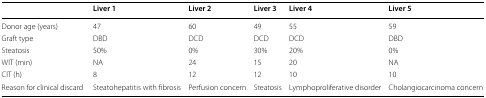
<table><thead><tr><td></td><td><b>Liver 1</b></td><td><b>Liver 2</b></td><td><b>Liver 3</b></td><td><b>Liver 4</b></td><td><b>Liver 5</b></td></tr></thead><tbody><tr><td>Donor age (years)</td><td>47</td><td>60</td><td>49</td><td>55</td><td>59</td></tr><tr><td>Graft type</td><td>DBD</td><td>DCD</td><td>DCD</td><td>DCD</td><td>DBD</td></tr><tr><td>Steatosis</td><td>50%</td><td>0%</td><td>30%</td><td>20%</td><td>0%</td></tr><tr><td>WIT (min)</td><td>NA</td><td>24</td><td>15</td><td>20</td><td>NA</td></tr><tr><td>CIT (h)</td><td>8</td><td>12</td><td>12</td><td>10</td><td>10</td></tr><tr><td>Reason for clinical discard</td><td>Steatohepatitis with fibrosis</td><td>Perfusion concern</td><td>Steatosis</td><td>Lymphoproliferative disorder</td><td>Cholangiocarcinoma concern</td></tr></tbody></table>